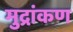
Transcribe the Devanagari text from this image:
मुद्रांकण